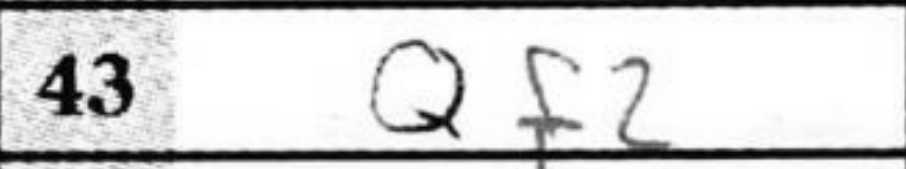
Transcription: Qf2